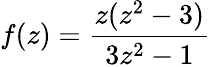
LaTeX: f(z)=\frac{z(z^{2}-3)}{3z^{2}-1}